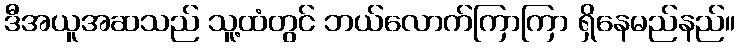
ဒီအယူအဆသည် သူ့ထံတွင် ဘယ်လောက်ကြာကြာ ရှိနေမည်နည်။